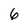
Character: 6